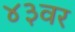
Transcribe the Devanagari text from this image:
४३वर